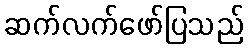
ဆက်လက်ဖော်ပြသည်